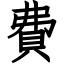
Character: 費